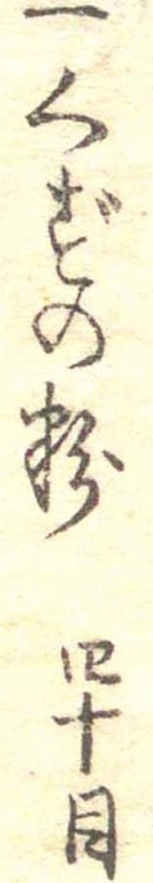
一くずの粉四十目